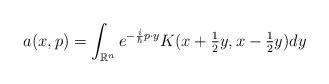
LaTeX: \begin{align*}a(x,p)=\int_{\mathbb{R}^{n}}e^{-\frac{i}{\hbar}p\cdot y}K(x+\tfrac{1}{2}y,x-\tfrac{1}{2}y)dy \end{align*}